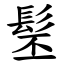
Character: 髬